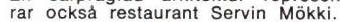
rar också restaurant Servin Mökki.